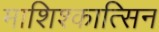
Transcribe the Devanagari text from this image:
माशिश्कात्सिन